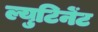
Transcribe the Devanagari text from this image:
ल्युटिनेंट